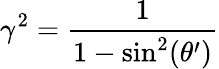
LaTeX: \gamma^{2}=\frac{1}{1-\sin^{2}(\theta^{\prime})}